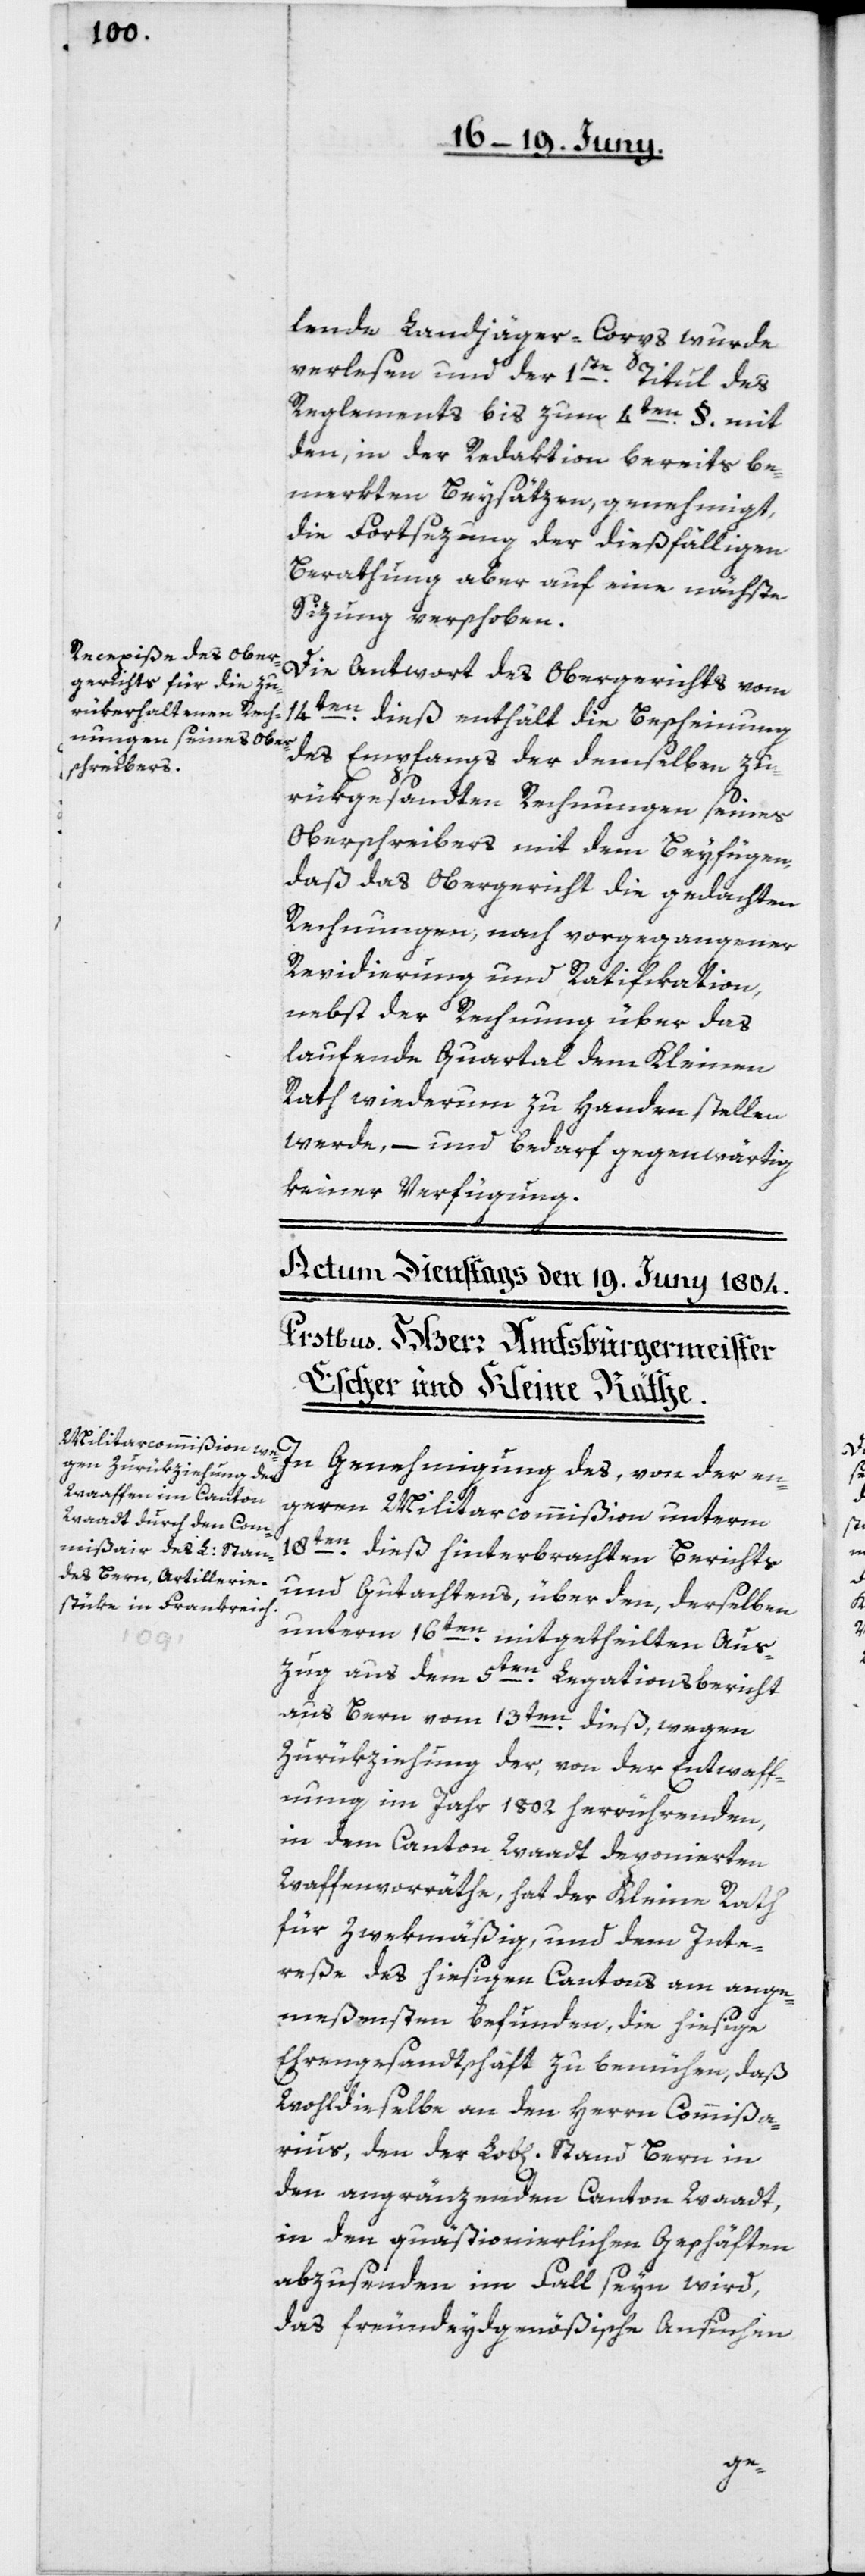
lende Landjäger-Corps wurde
verlesen und der 1ste Titul des
Reglements bis zum 4ten §. mit
den, in der Redaktion bereits be¬
merkten Beysätzen, genehmigt,
die Fortsezung der dießfälligen
Berathung aber auf eine nächste
Sizung verschoben.
Die Antwort des Obergerichts vom
14ten dieß enthält die Bescheinung
des Empfangs der demselben zu¬
rükgesandten Rechnungen seines
Oberschreibers mit dem Beyfügen,
daß das Obergericht die gedachten
Rechnungen, nach vorgegangener
Revidierung und Ratifikation,
nebst der Rechnung über das
laufende Quartal dem Kleinen
Rath wiederum zu Handen stellen
werde, – und bedarf gegenwärtig
keiner Verfügung.
In Genehmigung des, von der en¬
geren Militarcommißion unterm
18t¬
en dieß hinterbrachten Berichts
und Gutachtens, über den, derselben
unterm 16ten mitgetheilten Aus¬
zug aus dem 5ten Legationsbericht
aus Bern vom 13ten dieß, wegen
Zurükziehung der, von der Entwaff¬
nung im Jahr 1802 herrührenden,
in dem Canton Waadt deponierten
Waffenvorräthe, hat der Kleine Rath
für zwekmäßig, und dem Inte¬
reße des hiesigen Cantons am ange¬
meßensten befunden, die hiesige
Ehrengesandtschaft zu bemühen, daß
wohldieselbe an den Herrn Commißa¬
rius, den der Löb[lichen] Stand Bern in
den angränzenden Canton Waadt,
in den quästionierlichen Geschäften
abzusenden im Fall seyn wird,
das freundeydgenößische Ansuchen